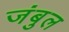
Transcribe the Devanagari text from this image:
जंबुल